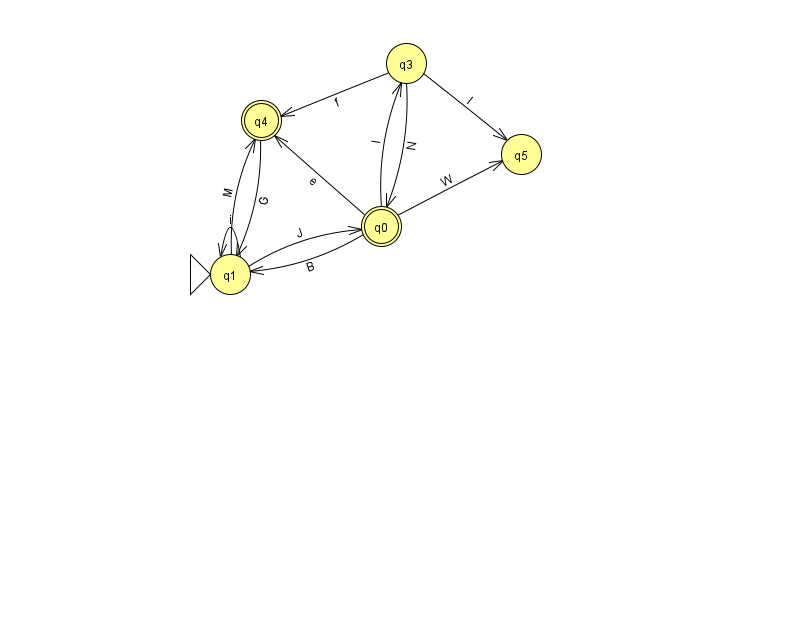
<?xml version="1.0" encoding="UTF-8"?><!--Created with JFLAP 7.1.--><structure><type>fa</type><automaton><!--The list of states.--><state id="0" name="q0"><x>381.0</x><y>213.0</y><final/></state><state id="1" name="q1"><x>230.0</x><y>261.0</y><initial/></state><state id="3" name="q3"><x>406.0</x><y>50.0</y></state><state id="4" name="q4"><x>261.0</x><y>107.0</y><final/></state><state id="5" name="q5"><x>521.0</x><y>141.0</y></state><!--The list of transitions.--><transition><from>1</from><to>0</to><read>J</read></transition><transition><from>0</from><to>5</to><read>W</read></transition><transition><from>1</from><to>4</to><read>M</read></transition><transition><from>3</from><to>4</to><read>f</read></transition><transition><from>0</from><to>4</to><read>e</read></transition><transition><from>1</from><to>1</to><read>i</read></transition><transition><from>0</from><to>1</to><read>B</read></transition><transition><from>3</from><to>0</to><read>N</read></transition><transition><from>4</from><to>1</to><read>G</read></transition><transition><from>0</from><to>3</to><read>l</read></transition><transition><from>3</from><to>5</to><read>l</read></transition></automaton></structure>